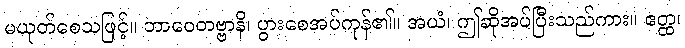
မယုတ်စေသဖြင့်။ ဘာဝေတဗ္ဗာနိ၊ ပွားစေအပ်ကုန်၏။ အယံ၊ ဤဆိုအပ်ပြီးသည်ကား။ ဧတ္ထ၊